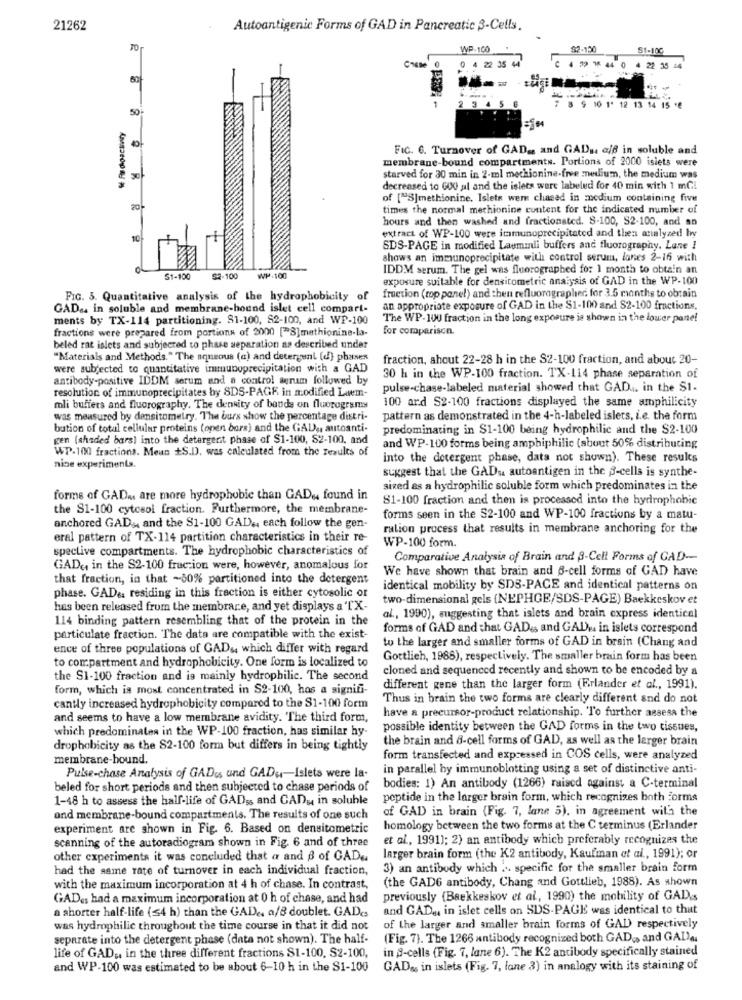
21262
Autoantigenic Forms of GAD in Pancreatic 3-Cells.
TO
WP-100
$2-100
81-100
4 22
4 22 35 14
50
9 10 1' 12 13 14 15 *8
Fic. 6. Turnover of GAD. and GAD .. alf in soluble and
membrane-bound compartments. Portions of 2000 isiets were
starved for 30 min in 2-ml mochionine-free medium, the medium was
decreased to 600 al and the islets were labeled for 40 min with 1 mGl
of ["S]methionine. Islets were chased in modium containing five
20
times the normal methionine content for the indicated number of
hours and then washed and fractionsted. S-100, S2-100, and an
extract of WP-100 were immunoprecipitated and then analyzed bw
10
SDS-PAGE in modified Laemmli buffers and fluorography. Lane !
shows an immunoprecipitate with control serum, lones 2-16 with
IDDM serum. The gel was fluorographed for 1 month to obtain an
$1-100
52-100
WH-100
exposure suitable for densitometric analysis of GAD in the WP-100
FIG. 3. Quantitative analysis of the hydrophobicity of
fraction (top panel) and then refluoragraphed for 3.5 months to obtain
GAD .. in soluble and membrane-hound islet cell compart-
an appropriate exposure of GAD in the $1-100 and 82-100 fractions.
ments by TX-114 partitioning. 81-100, 82-100, and WP-100
The WP-100 fraction in the long exposure ie shown in the lower panel
fractions were prepared from portions of 2000 ["S]methionine-la-
for comparison.
beled rat islets and subjected to phase separation as described under
"Materials and Methods." The aqueous (a) and detergent (d) phases
fraction, ahout 22-28 h in the $2-100 fraction, and about 20-
were subjected to quantitative immunoprecipitation with a GAD
antibody-positive IDDM serum and a control serum followed by
30 h in the WP-100 fraction. TX-114 phase separation of
resolution of immunoprecipitates by SDS-PAGE in modified Laem-
pulse-chase-labeled material showed that GAD ... in the $1.
100 ard S2-100 fractions displayed the same amphilicity
mli buffers and fluorography. The density of bands on fluprograms
was measured by densitometry. The burs show the percentage distri-
pattern as demonstrated in the 4-h-labeled islets, i.e. the form
bution of total cellular proteins (open bors) and the GAL) ,, autoanti-
predominating in $1-100 being hydrophilic and the S2-100
gen (shaded bars) into the detergent phase of $1-100, S2-100, and
WP-100 fractions. Meun +S.D. was calculated from the results of
and WP-100 forms being amphiphilic (about 50% distributing
into the detergent phase, dats not shown). These results
nine experiments.
suggest that the GADu autoantigen in the S-cells is synthe-
sized as a hydrophilic soluble form which predominates in the
forme of GAD .. are more hydrophobic than GADu found in
81-100 fraction and then is processed into the hydrophobic
the S1-100 cytosol fraction. Furthermore, the membrane-
forms seen in the $2-100 and WP-100 fractions by a matu-
anchored GAD ,, and the S1-100 GAD ., each follow the gen-
ration process that results in membrane anchoring for the
eral pattern of TX-114 partition characteristics in their re-
spective compartments. The hydrophobic characteristics of
WP-100 form.
Comparative Analysis of Brain and 3-Cell Forms of GAD-
GAD ,, in the $2-100 fruccion were, however, anomalous for
We have shown that brain and 6-cell forms of GAD have
that fraction, in that ~50% partitioned into the detergent
identical mobility by SDS-PACE and identical patterns on
phase. GAD& residing in this fraction is either cytosolic or
two-dimensional gels (NEPHGE/SDS-PAGE) Baekkeskov et
has been released from the membrare, and yet displays a 'TX-
114 binding pattern resembling that of the protein in the
al ., 1990), suggesting that islets and brain express identical
forms of GAD and that GAD ., and GADm in islets correspond
particulate fraction. The data are compatible with the exist-
to the larger and smaller forms of GAD in brain (Chang and
ence of three populations of GAD&, which differ with regard
to compartment and hydrophobicity. One form is localized to
Gottlich, 1988), respectively. The smaller brain form has been
cloned and sequenced recently and shown to be encoded by a
the S1-100 fraction and is mainly hydrophilic. The second
form, which is most concentrated in S2-100, hos a signifi-
different gene than the larger form (Erlander et al ., 1991).
Thus in brain the two forms are clearly different and do not
cantly increased hydrophobicity compared to the $1-100 form
have a precursor-product relationship. "To further assess the
and seems to have a low membrane avidity. The third form,
which predominates in the WP-100 fraction, has similar hy-
possible identity between the GAD forms in the two tissues,
the brain and 6-cell forms of GAD, as well as the lerger brain
drophabicity as the S2-100 form but differs in being tightly
membrane-bound.
form transfected and expressed in COS cells, were analyzed
in parallel by immunoblotting using a set of distinctive anti-
Pulse-chase Analysis of GADus und GAD .,- Islets were la-
beled for short periods and then subjected to chase periods of
bodies: 1) An antibody (1266) raised against a C-terminal
1-48 h to assess the half-life of GADs; and CAD, in soluble
peptide in the larger brain form, which recognizes both Forms
of GAD in brain (Fig. 7, lane 5). in agreement with the
and membrane-bound compartments. The results of one such
experiment are shown in Fig. 6. Based on densitometric
homology between the two forms at the C terminus (Erlander
scanning of the autoradiogram shown in Fig. 6 and of three
et al ., 1991); 2) an antibody which preferably recognizes the
other experiments it was concluded that a and B of GAD ..
larger brain form (the K2 antibody, Kaufman et al ., 1991); or
had the same rate of turnover in each individual fraction,
3) an antibody which .. specific for the smaller brain form
(the GADG antibody, Chang and Gottlieb, 1988). As shown
with the maximum incorporation at 4 h of chase. In contrast,
GADes had a maximum incorporation at 0 h of chase, and had
previously (Baekkeskov et al, 1990) the mobility of GAD.s
a shorter half-life (≤4 h) than the GAD .. a/B doublet. GADc.
and GAD ., in islet cells on SDS-PAGE was identical to that
was hydrophilic throughout the time course in that it did not
of the larger and smaller brain forms of GAL) respectively
separate into the detergent phase (data not shown). The half-
(Fig. 7). The 1266 antibody recognized both GAD>> and GADa
in A-cells (Fig. 7, lane 6). The K2 antibody specifically stained
life of GAD ;, in the three different fractions S1-100, S2-100,
and WP-100 was estimated to be about 6-10 h in the S1-100
GAD&s in islets (Fig. 7, lane 3) in analogy with its staining of